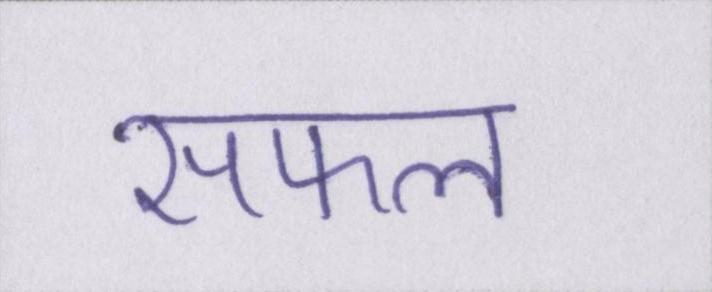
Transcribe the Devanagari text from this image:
सफल